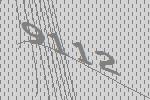
9112